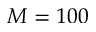
M = 1 0 0